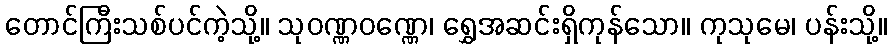
တောင်ကြီးသစ်ပင်ကဲ့သို့။ သုဝဏ္ဏဝဏ္ဏေ၊ ရွှေအဆင်းရှိကုန်သော။ ကုသုမေ၊ ပန်းသို့။